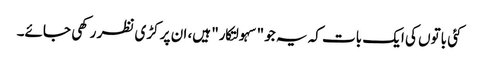
کئی باتوں کی ایک بات کہ یہ جو "سہولتکار" ہیں، ان پر کڑی نظر رکھی جائے۔